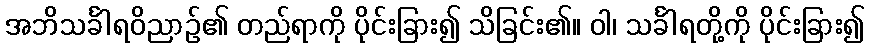
အဘိသင်္ခါရဝိညာဉ်၏ တည်ရာကို ပိုင်းခြား၍ သိခြင်း၏။ ဝါ၊ သင်္ခါရတို့ကို ပိုင်းခြား၍